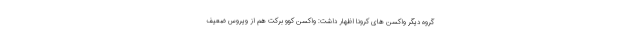
گروه دیگر واکسن های کرونا اظهار داشت: واکسن کوو برکت هم از ویروس ضعیف